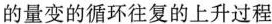
的量变的循环往复的上升过程